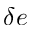
\delta e